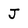
Character: J